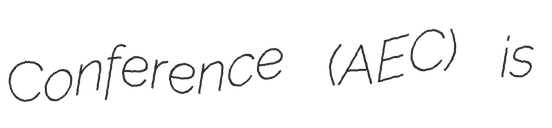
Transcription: Conference (AEC) is